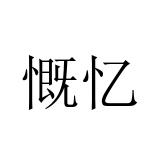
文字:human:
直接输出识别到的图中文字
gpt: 慨忆